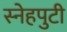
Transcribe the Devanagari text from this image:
स्नेहपुटी